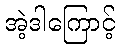
အဲ့ဒါကြောင့်